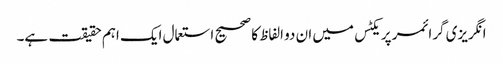
انگریزی گرائمر پریکٹس میں ان دو الفاظ کا صحیح استعمال ایک اہم حقیقت ہے۔